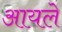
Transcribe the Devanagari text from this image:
आयले